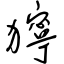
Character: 獰